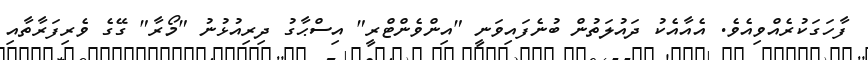
ފާހަގަކުރެއްވިއެވެ. އެއާއެކު ދައުލަތުން ބުނެފައިވަނީ "އިންވެންޓްރީ" އިސްޙާގު ދިރިއުޅުނު "މޯރާ" ގޭގެ ވެރިފަރާތާއި